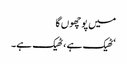
میں پوچھوں گا
‘ٹھیک ہے ، ٹھیک ہے۔